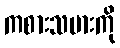
ကစားသမားကို